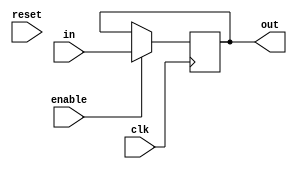
module register(
  input wire [WIDTH-1:0] in,
  input wire clk,
  input wire reset,
  input wire enable,
  output reg [WIDTH-1:0] out
);

  parameter WIDTH = 9;

  always @(posedge clk) begin
    if (enable)
      out <= in;
  end

endmodule